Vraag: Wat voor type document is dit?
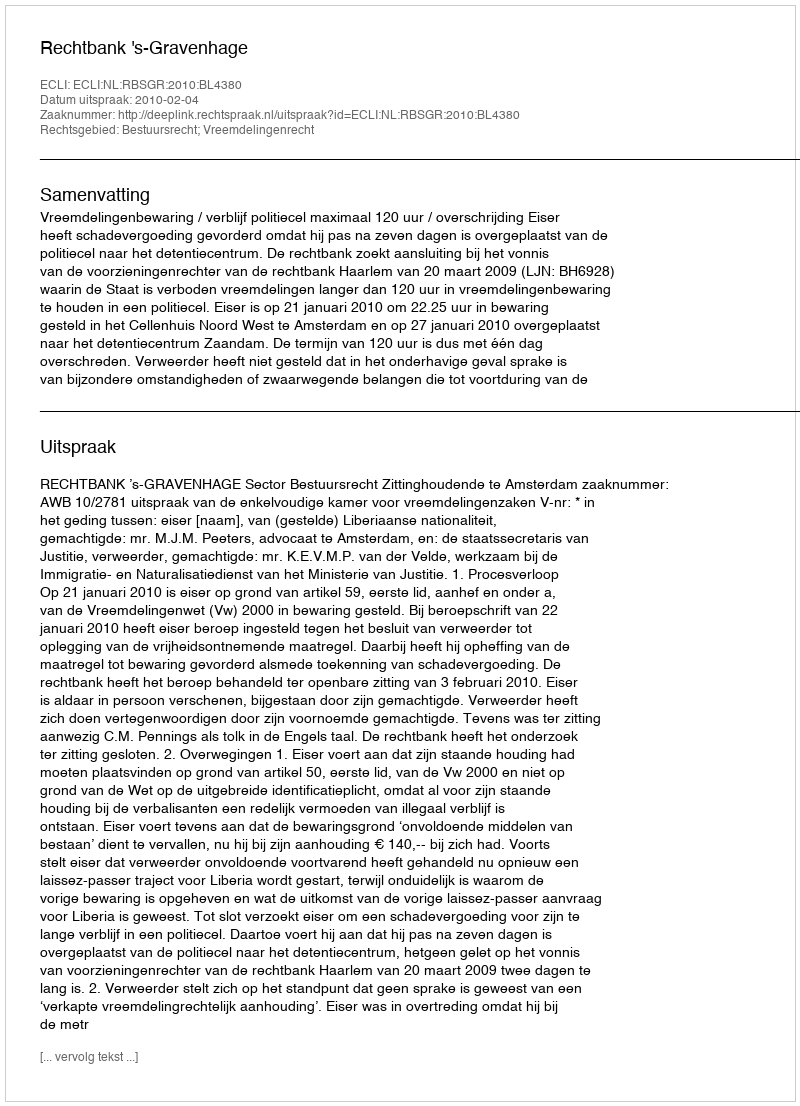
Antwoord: Uitspraak